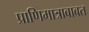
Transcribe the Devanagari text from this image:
प्राणिमात्राबाबत